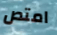
امتص